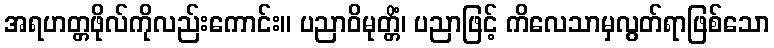
အရဟတ္တဖိုလ်ကိုလည်းကောင်း။ ပညာဝိမုတ္တိံ၊ ပညာဖြင့် ကိလေသာမှလွတ်ရာဖြစ်သော